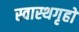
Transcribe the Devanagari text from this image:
स्वास्थगृहों